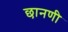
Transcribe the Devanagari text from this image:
छानणी